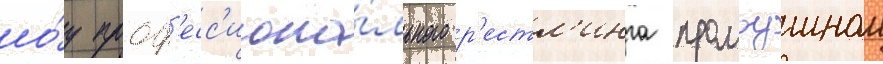
шо́у проф'есс'иона́льного р'естл'инга промоушном